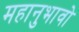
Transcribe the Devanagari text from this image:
महानुभावो